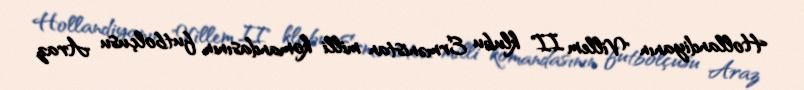
Hollandiyanın "Villem II" klubu Ermənistan milli komandasının futbolçusu Araz